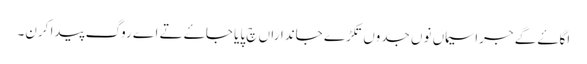
اگاۓ گے جراسیماں نوں جدوں تکڑے جانداراں چ پایا جاۓ تے اے روگ پیدا کرن۔